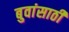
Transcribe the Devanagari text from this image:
बुवांसाठी